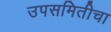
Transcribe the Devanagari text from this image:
उपसमितीचा